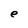
Character: e